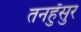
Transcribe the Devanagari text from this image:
तनहुँसुर